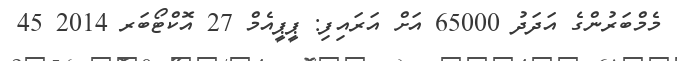
މެމްބަރުންގެ އަދަދު 65000 އަށް އަރައިފި: ޕީޕީއެމް 27 އޮކްޓޯބަރ 2014 45